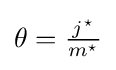
{\textstyle \theta ={\frac {j^{\star }}{m^{\star }}}}